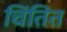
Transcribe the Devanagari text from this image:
चिंतित